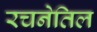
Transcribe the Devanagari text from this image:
रचनेतिल